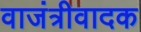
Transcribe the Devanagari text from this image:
वाजंत्रीवादक